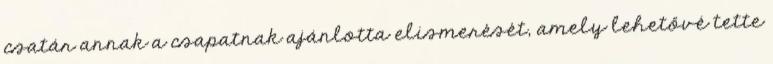
csatár annak a csapatnak ajánlotta elismerését, amely lehetővé tette